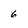
Character: 6